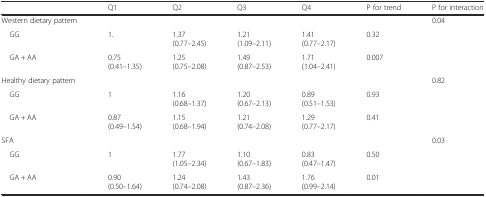
<table><thead><tr><td></td><td><b>Q1</b></td><td><b>Q2</b></td><td><b>Q3</b></td><td><b>Q4</b></td><td><b>P for trend</b></td><td><b>P for interaction</b></td></tr></thead><tbody><tr><td>Western dietary pattern</td><td></td><td></td><td></td><td></td><td></td><td>0.04</td></tr><tr><td> GG</td><td>1.</td><td>1.37(0.77–2.45)</td><td>1.21(1.09–2.11)</td><td>1.41(0.77–2.17)</td><td>0.32</td><td></td></tr><tr><td> GA + AA</td><td>0.75(0.41–1.35)</td><td>1.25(0.75–2.08)</td><td>1.49(0.87–2.53)</td><td>1.71(1.04–2.41)</td><td>0.007</td><td></td></tr><tr><td>Healthy dietary pattern</td><td></td><td></td><td></td><td></td><td></td><td>0.82</td></tr><tr><td> GG</td><td>1</td><td>1.16(0.68–1.37)</td><td>1.20(0.67–2.13)</td><td>0.89(0.51–1.53)</td><td>0.93</td><td></td></tr><tr><td> GA + AA</td><td>0.87(0.49–1.54)</td><td>1.15(0.68–1.94)</td><td>1.21(0.74–2.08)</td><td>1.29(0.77–2.17)</td><td>0.41</td><td></td></tr><tr><td>SFA</td><td></td><td></td><td></td><td></td><td></td><td>0.03</td></tr><tr><td> GG</td><td>1</td><td>1.77(1.05–2.34)</td><td>1.10(0.67–1.83)</td><td>0.83(0.47–1.47)</td><td>0.50</td><td></td></tr><tr><td> GA + AA</td><td>0.90(0.50–1.64)</td><td>1.24(0.74–2.08)</td><td>1.43(0.87–2.36)</td><td>1.76(0.99–2.14)</td><td>0.01</td><td></td></tr></tbody></table>